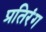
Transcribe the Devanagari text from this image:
प्रतिरंग